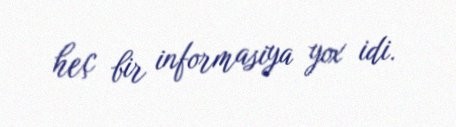
heç bir informasiya yox idi.